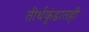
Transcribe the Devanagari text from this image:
तीर्थकुंडातही